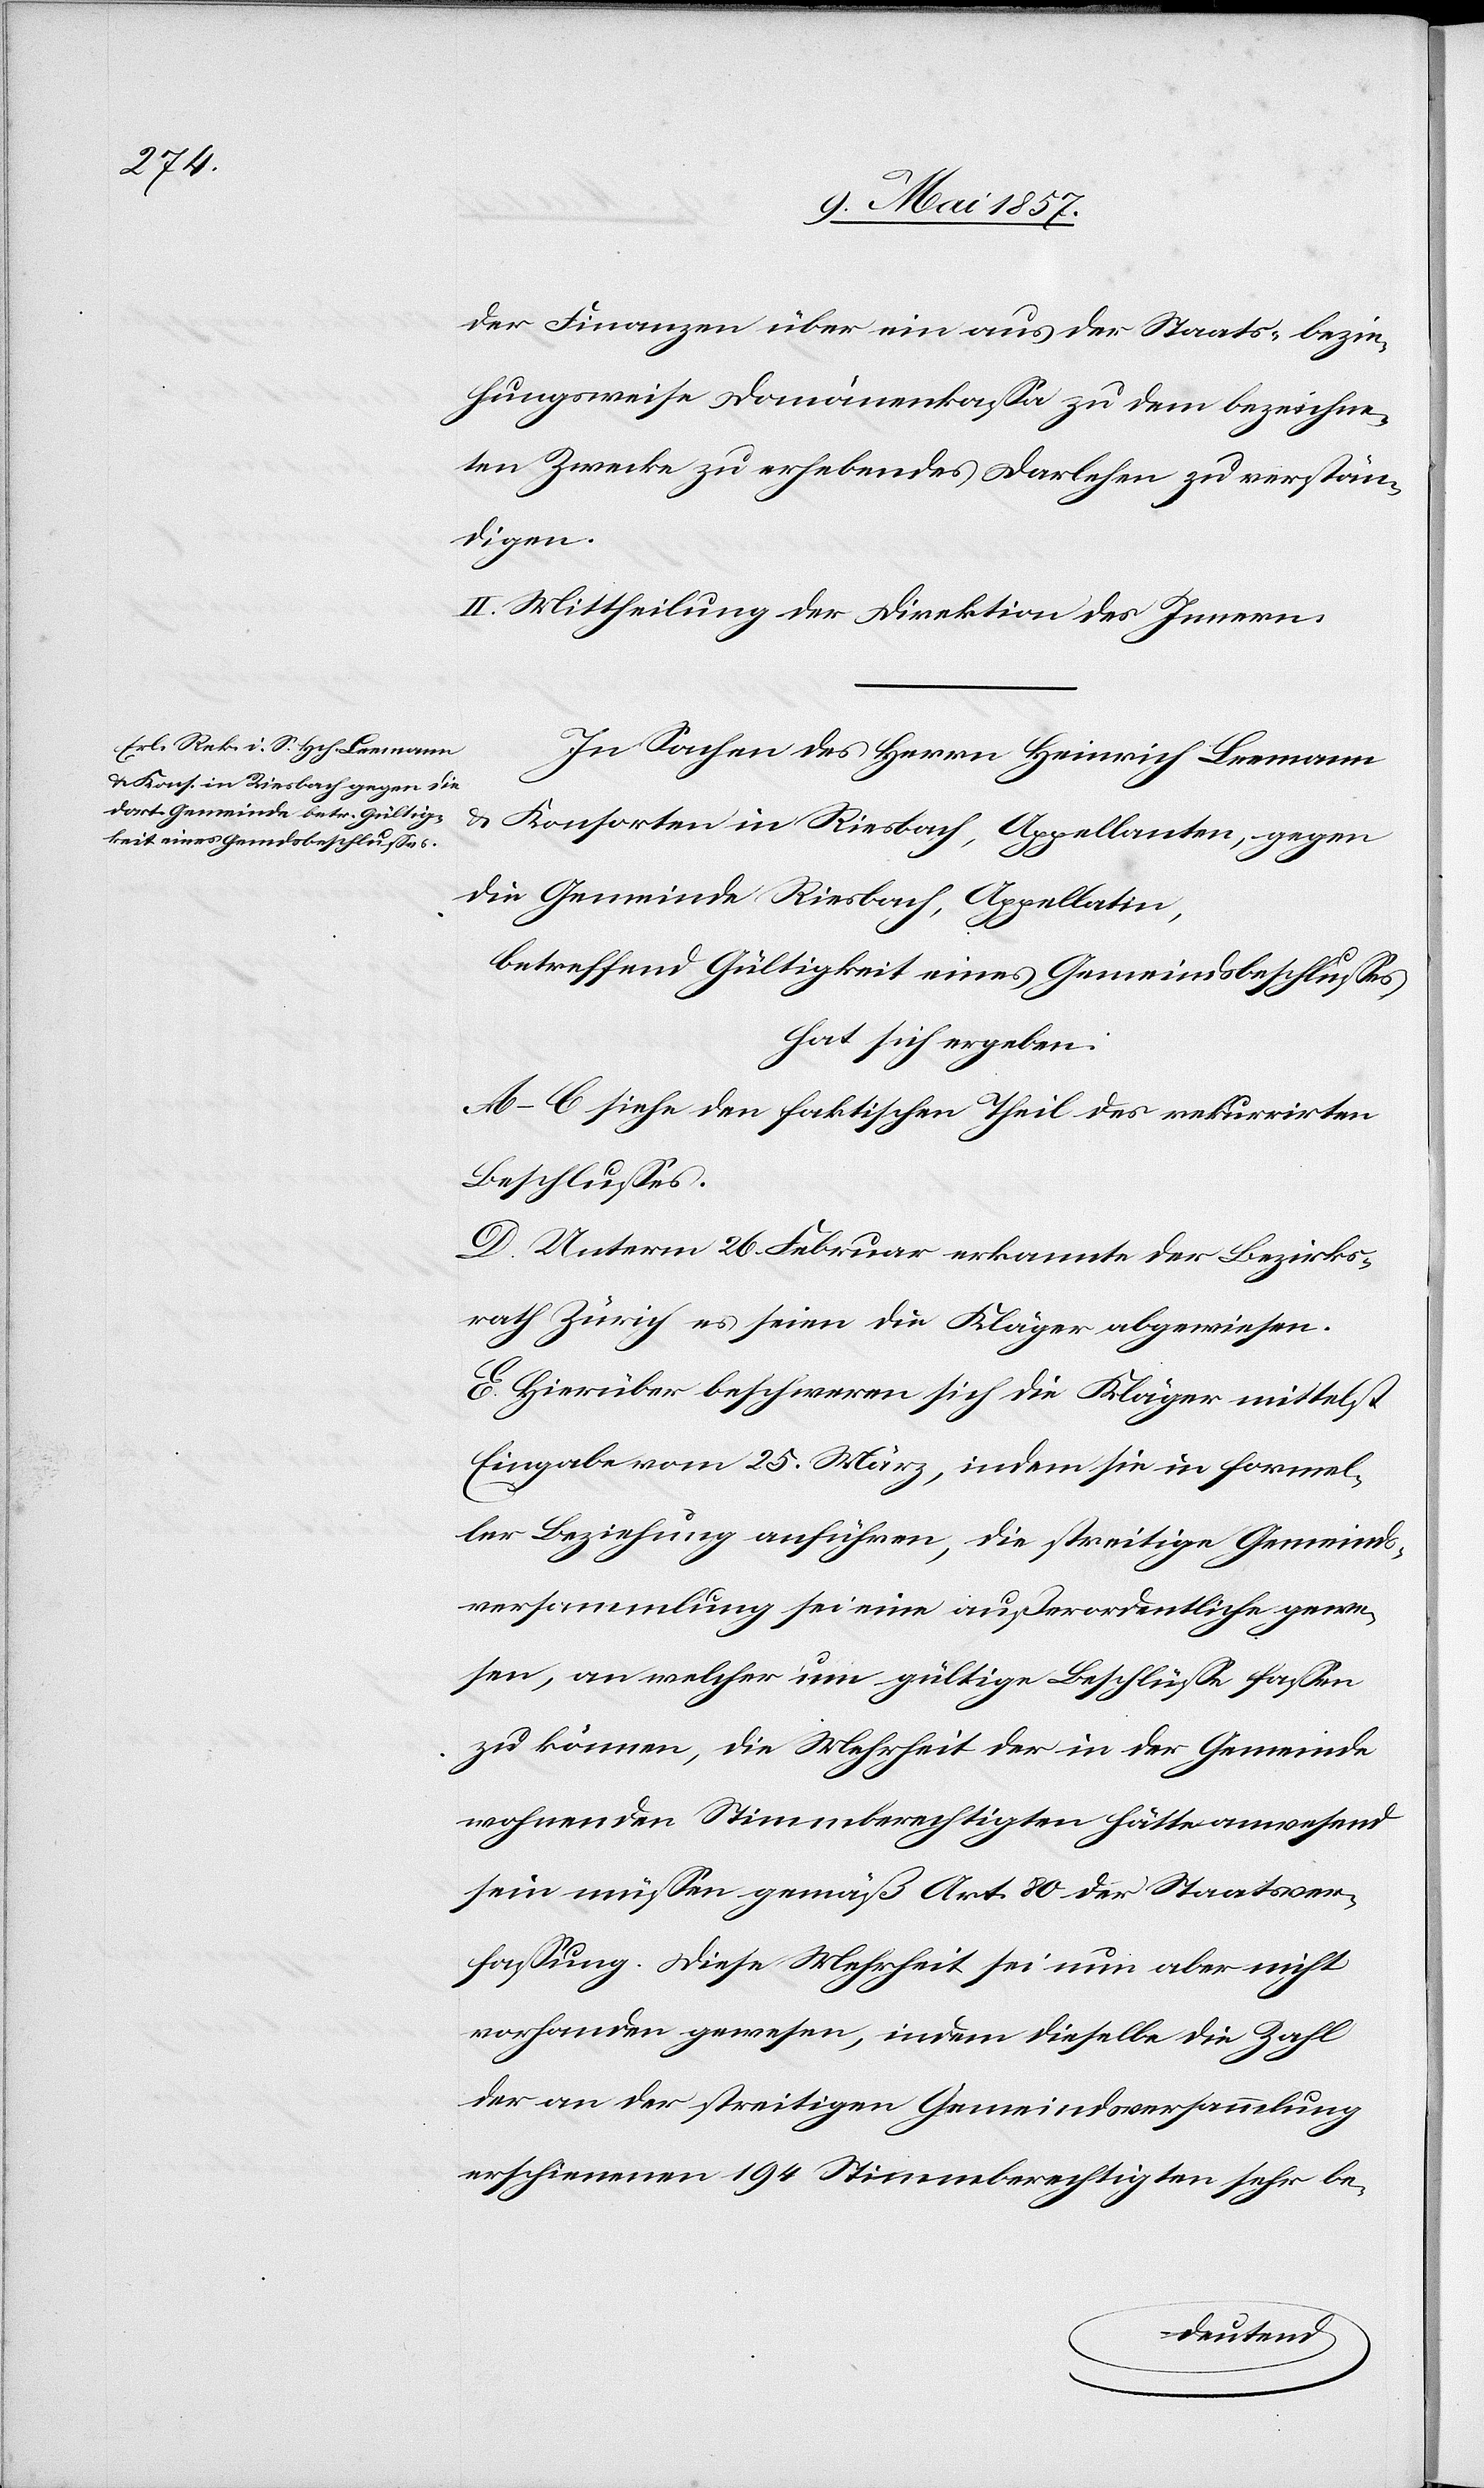
der Finanzen über ein aus der Staats- bezie¬
hungsweise Domänenkassa zu dem bezeichne¬
ten Zwecke zu erhebendes Darlehen zu verstän¬
digen.
II. Mittheilung an Direktion des Innern.
In Sachen des Herrn Heinrich Leemann
u. Konsorten in Riesbach, Appellanten, gegen
die Gemeinde Riesbach, Appellaten,
betreffend Gültigkeit eines Gemeindsbeschlusses,
hat sich ergeben:
A–C siehe den faktischen Theil des rekurrirten
Beschlusses.
D. Unterm 26 Februar erkannte der Bezirks¬
rath Zürich es seien die Kläger abgewiesen.
E. Hierüber beschweren sich die Kläger mittelst
Eingabe vom 25 März, indem sie in formel¬
ler Beziehung anführen, die streitige Gemeinds¬
versammlung sei eine außerordentliche gewe¬
sen, an welcher um gültige Beschlüsse fassen
zu können, die Mehrheit der in der Gemeinde
wohnenden Stimmberechtigten hätte anwesend
sein müssen gemäß Art. 80 der Staats¬
fassung. Diese Mehrheit sei nun aber nicht
vorhanden gewesen, indem dieselbe die Zahl
der an der streitigen Gemeindsversammlung
erschienenen 194 Stimmberechtigten sehr be-